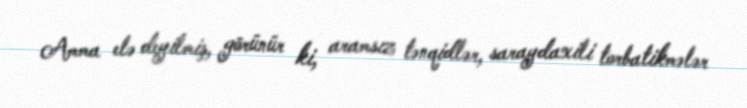
Amma elə deyilmiş, görünür ki, aramsız tənqidlər, saraydaxili torbatikmələr